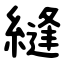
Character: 縫